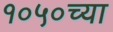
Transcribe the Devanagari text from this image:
१०५०च्या